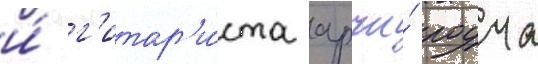
и́ г'итар'и́ста арчи́ роуча